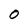
Character: O